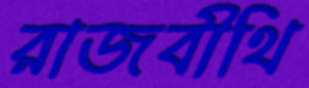
রাজবীথি